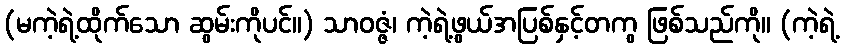
(မကဲ့ရဲ့ထိုက်သော ဆွမ်းကိုပင်။) သာဝဇ္ဇံ၊ ကဲ့ရဲ့ဖွယ်အပြစ်နှင့်တကွ ဖြစ်သည်ကို။ (ကဲ့ရဲ့